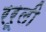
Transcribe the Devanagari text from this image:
ररूली